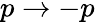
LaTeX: p\to-p